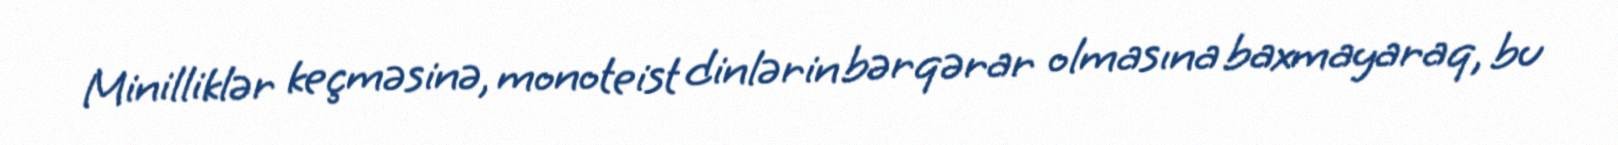
Minilliklər keçməsinə, monoteist dinlərin bərqərar olmasına baxmayaraq, bu